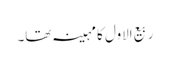
ربیع الاول کا مہینہ تھا۔